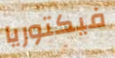
فيكتوريا